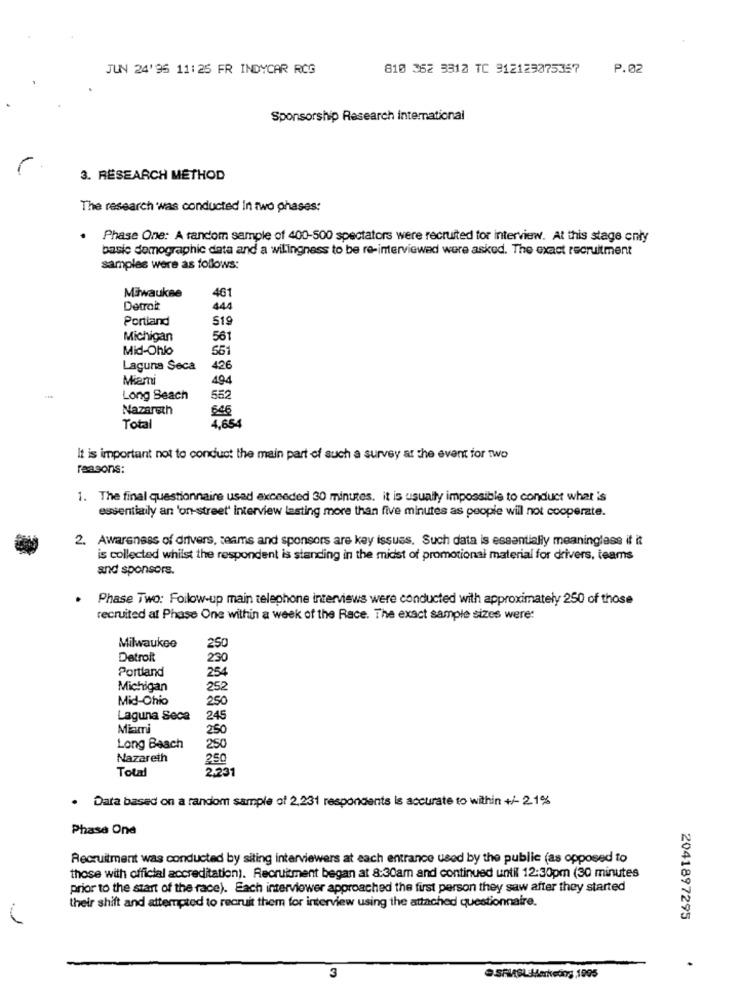
JUN 24'95 11:25 FR INDYCAR RCG
810 362 3312 TC 912129075357
P.02
Sponsorship Research international
3. RESEARCH METHOD
The research was conducted In two phases:
Phase One: A random sample of 400-500 spectators were recruited tor interview. At this stage only
basie demographic data and a wilingness to be re-interviewed were asked. The exact recruitment
samples were as follows:
461
Miwaukee
Detroit
444
Portland
519
Michigan
561
Mid-Ohio
561
Laguna Seca
426
Miami
494
Long Beach
552
Nazareth
646
4,654
Total
It is important not to conduct the main part of such a survey at the event for two
reasons:
1. The final questionnaire usad exceeded 30 minutes. it is usually impossible to conduct what is
essentially an 'on-street' interview lasting more than five minutes as people will not cooperate.
2. Awareness of drivers, teams and sponsors are key issues. Such data is essentially meaningless if it
is collected whilst the respondent is standing in the midst of promotional material for drivers, teams
and sponsors.
Phase Two: Follow-up main telephone interviews were conducted with approximately 250 of those
recruited al Phase One within a week of the Race. The exact sample sizes were:
Milwaukee
250
Detroit
290
Portland
254
Michigan
252
Mid-Ohio
250
Laguna Seca
245
Miami
250
Long Beach
250
Nazareth
250
Total
2.231
· Data based on a random sample of 2.231 respondents is accurate to within +/- 2.1%
Phase One
Recruitment was conducted by siting interviewers at each entrance used by the public (as opposed to
those with official accreditation). Recruitment began at 8:30am and continued until 12:30pm (30 minutes
prior to the start of the race). Each interviewer approached the first person they saw after they started
their shift and attempted to recruit them for interview using the attached questionnaire.
2041897295
3